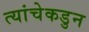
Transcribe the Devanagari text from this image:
त्यांचेकडुन